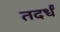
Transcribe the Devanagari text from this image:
तदर्धं